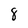
Character: 8